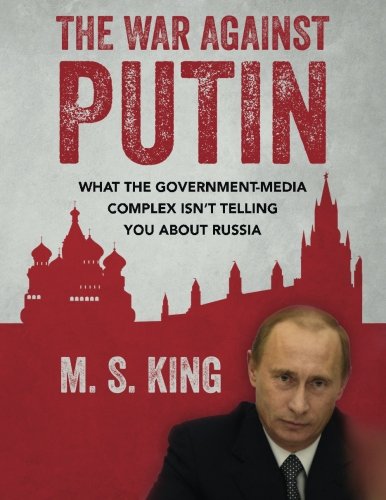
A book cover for The War Against Putin: What the Government-Media Complex Isn't Telling You About Russia; M. S. King; History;